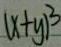
( x + y ) ^ { 3 }